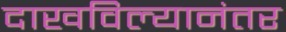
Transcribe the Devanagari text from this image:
दाखविल्यानंतर